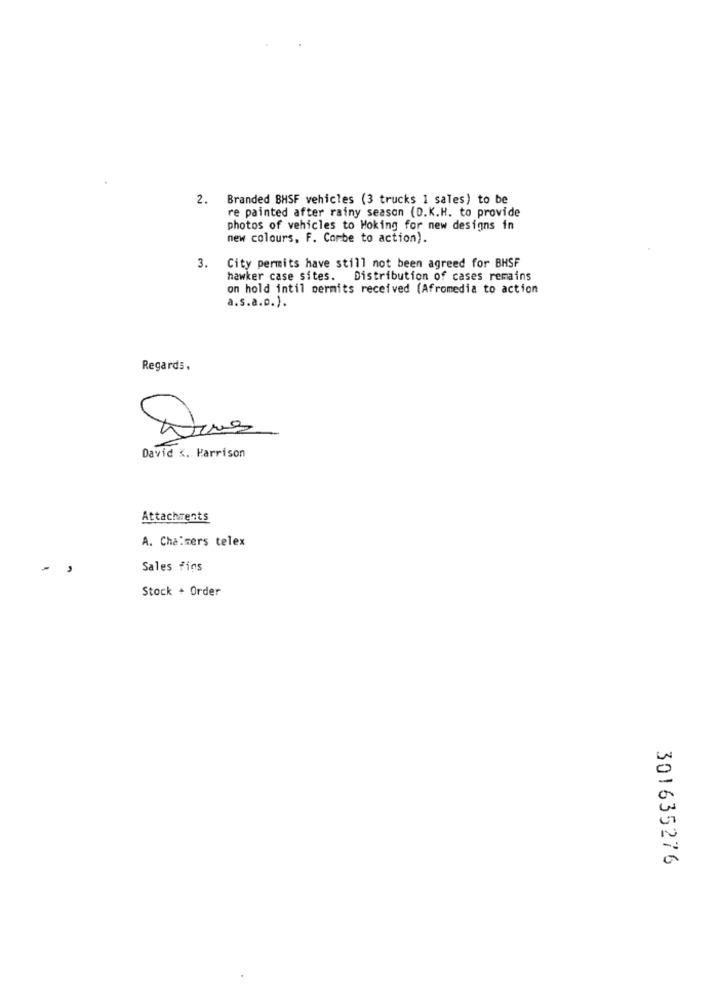
2.
Branded BHSF vehicles (3 trucks 1 sales) to be
re painted after rainy season (D.K.H. to provide
photos of vehicles to Hoking for new designs in
new colours, F. Corbe to action).
3.
City permits have still not been agreed for BHSF
hawker case sites. Distribution of cases remains
on hold intil permits received (Afromedia to action
a.s.a.p.).
Regards,
David K. Harrison
Attachments
A. Chalmers telex
-
Sales fins
Stock + Order
301635276